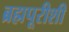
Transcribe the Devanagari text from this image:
ब्रह्मपूरीशी